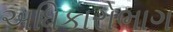
અધિકારોભાગ